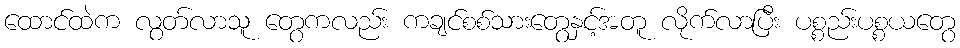
ထောင်ထဲက လွတ်လာသူ တွေကလည်း ကချင်စစ်သားတွေနှင့်အတူ လိုက်လာပြီး ပစ္စည်းပစ္စယတွေ